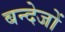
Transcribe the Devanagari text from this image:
बन्देजों